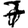
Digit: 7